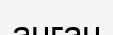
анған